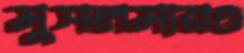
মুসলমানও